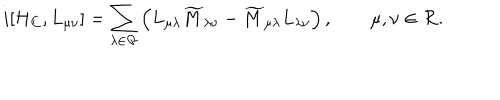
LaTeX: i [ { \cal H } _ { C } , L _ { \mu \nu } ] = \sum _ { \lambda \in { \cal R } } \left( L _ { \mu \lambda } \widetilde { M } _ { \lambda \nu } - \widetilde { M } _ { \mu \lambda } L _ { \lambda \nu } \right) , \qquad \mu , \nu \in { \cal R } .